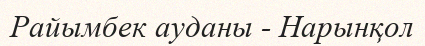
Райымбек ауданы - Нарынқол